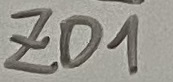
Text: ZD1